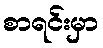
စာရင်းမှာ